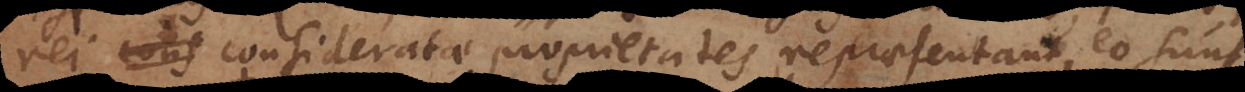
rei consideratae proprietates repraesentant, eo sunt